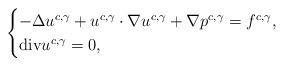
LaTeX: \begin{align*}\begin{cases}-\Delta u^{c,\gamma}+u^{c,\gamma}\cdot\nabla u^{c,\gamma}+\nabla p^{c,\gamma}=f^{c,\gamma},\\\mathrm{div}u^{c,\gamma}=0,\end{cases}\end{align*}